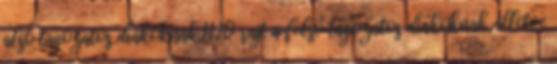
alsó tagozatos diákoknak,11.10 rajt a felső tagozatos diákoknak, illetve